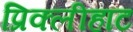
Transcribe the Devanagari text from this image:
प्रिक्लीहाट